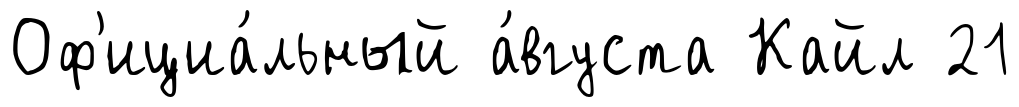
Оф'ициа́льный а́вгуста Кайл 21